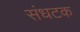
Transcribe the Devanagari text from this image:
संधटक